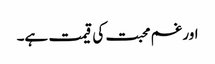
اور غم محبت کی قیمت ہے۔